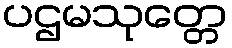
ပဌမသုတ္တေ